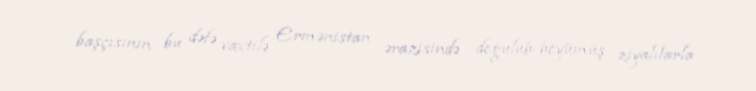
başçısının bu dəfə vaxtilə Ermənistan ərazisində doğulub-böyümüş ziyalılarla